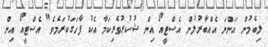
ލިބެމުން އަންނަ އެއްބާރުލުން އެސްޓީއޯ އިން ޝުކުރުވެރިކަމާ އެކު ފާހަގަކުރަމެވެ" އެސްޓީއޯ އިން